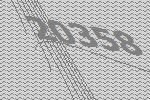
20358